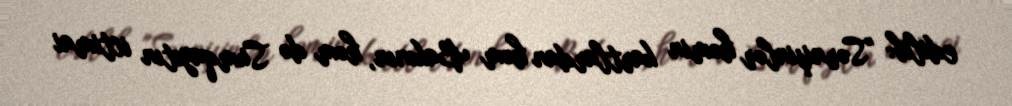
edilib: "Sərnişinlər həmin kartlardan həm Bakının, həm də Sumqayıtın ictimai